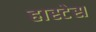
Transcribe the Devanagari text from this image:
हास्टेस